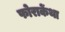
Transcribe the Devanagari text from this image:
फोराकेंथा